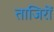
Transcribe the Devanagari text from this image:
ताजिरों